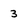
Character: 3